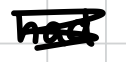
Text: had
Cross-out: scratch
Writing tool: digital_black